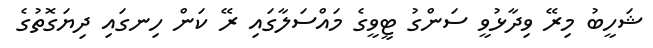
ޝަހީބު މިރޭ ވިދާޅުވީ ސަންގު ޓީވީގެ މައްސަލާގައި ރޭ ކަން ހިނގައި ދިޔަގޮތުގެ